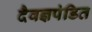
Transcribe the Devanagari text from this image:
दैवज्ञपंडित